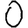
Digit: 0